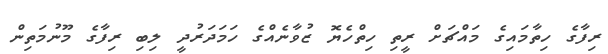
ރިފާގެ ހިތާމައިގެ މައްޗަށް ރީތި ހިތްހެޔޮ ޒުވާނެއްގެ ހަމަދަރުދީ ލިބި ރިފާގެ މޫނުމަތިން